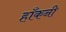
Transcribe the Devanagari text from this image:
हाँकनी